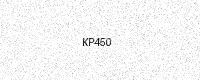
Text: KP450